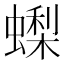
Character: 蟍